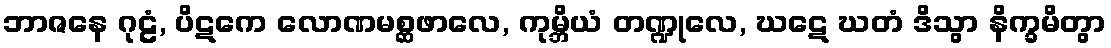
ဘာဇနေ ဂုဠံ, ပိဋကေ လောဏမစ္ဆဖာလေ, ကုမ္ဘိယံ တဏ္ဍုလေ, ဃဋေ ဃတံ ဒိသွာ နိက္ခမိတွာ